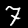
Digit: 7